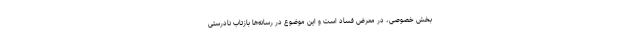
بخش خصوصی، در معرض فساد است و این موضوع در رسانه‌ها بازتاب نادرستی